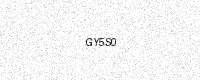
Text: GY5S0